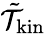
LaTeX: \tilde{\mathcal{T}}_{\mathrm{kin}}